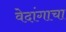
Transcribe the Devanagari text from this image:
वेदांगाचा